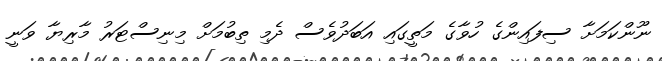
ނޫންކަމަށާ ސިފައިންގެ ހުވާގެ މަތީގައި އަބަދުވެސް ދެމި ތިބުމަށް މިނިސްޓަރު މާރިޔާ ވަނީ